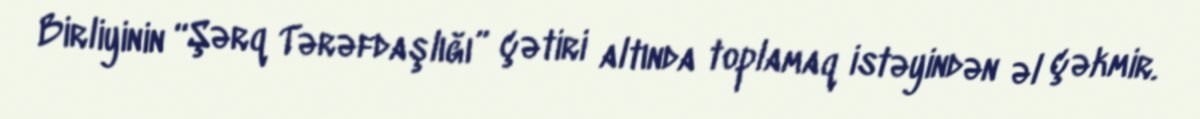
Birliyinin “Şərq Tərəfdaşlığı” çətiri altında toplamaq istəyindən əl çəkmir.